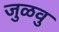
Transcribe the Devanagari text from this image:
जुळवु